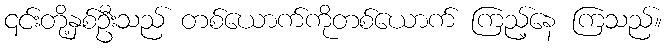
၎င်းတို့နှစ်ဦးသည် တစ်ယောက်ကိုတစ်ယောက် ကြည့်နေ ကြသည်။